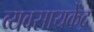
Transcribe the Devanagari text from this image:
व्यवसायकेंद्र